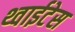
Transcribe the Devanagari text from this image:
थ्वाईटेस